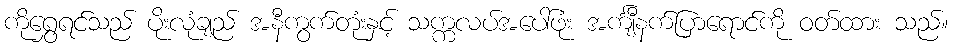
ကိုရွှေရင်သည် ပိုးလုံချည် အနီကွက်တုံးနှင့် သက္ကလပ်အပေါ်ဖုံး အင်္ကျီနက်ပြာရောင်ကို ဝတ်ထား သည်။